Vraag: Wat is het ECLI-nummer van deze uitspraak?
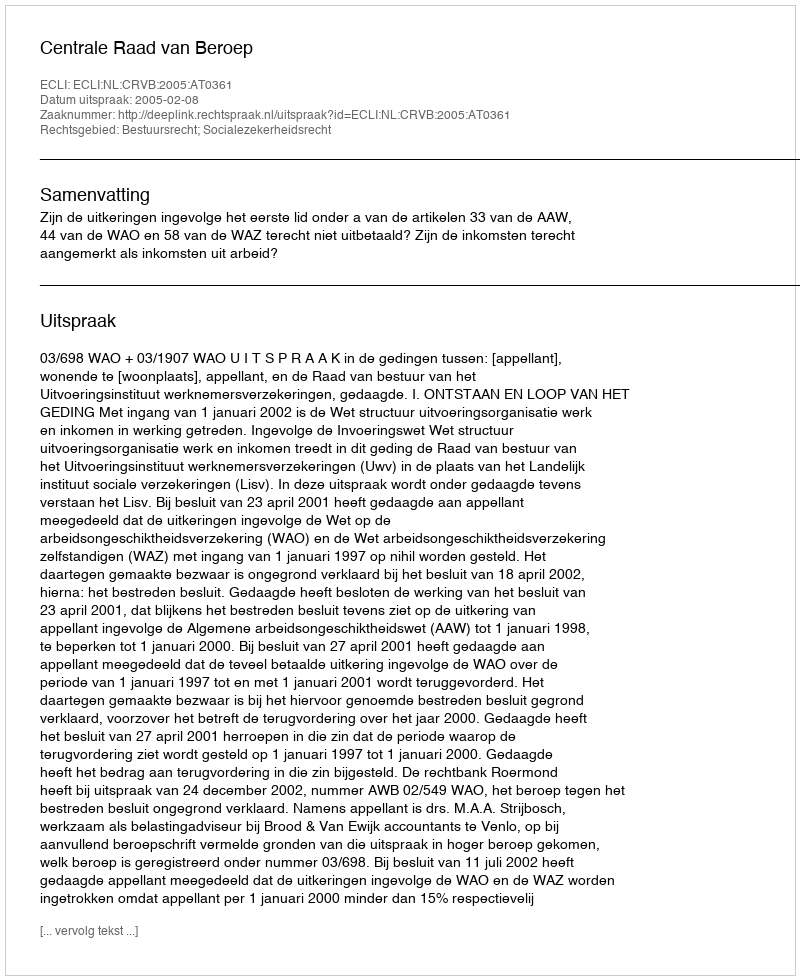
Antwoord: ECLI:NL:CRVB:2005:AT0361